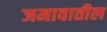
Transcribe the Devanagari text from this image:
जमावातील